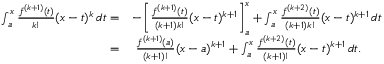
{ \begin{array} { r l } { \int _ { a } ^ { x } { \frac { f ^ { ( k + 1 ) } ( t ) } { k ! } } ( x - t ) ^ { k } \, d t = } & { - \left[ { \frac { f ^ { ( k + 1 ) } ( t ) } { ( k + 1 ) k ! } } ( x - t ) ^ { k + 1 } \right] _ { a } ^ { x } + \int _ { a } ^ { x } { \frac { f ^ { ( k + 2 ) } ( t ) } { ( k + 1 ) k ! } } ( x - t ) ^ { k + 1 } \, d t } \\ { = } & { \ { \frac { f ^ { ( k + 1 ) } ( a ) } { ( k + 1 ) ! } } ( x - a ) ^ { k + 1 } + \int _ { a } ^ { x } { \frac { f ^ { ( k + 2 ) } ( t ) } { ( k + 1 ) ! } } ( x - t ) ^ { k + 1 } \, d t . } \end{array} }